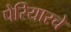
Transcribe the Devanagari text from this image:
पेरियारचे